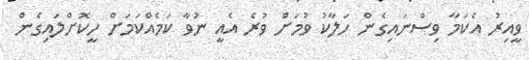
ވީއިރު އެކަމާ ވިސްނައިގެން ހަލާކު ވުމަށް ވުރެ އެއީ ނުވާ ކަމެއްކަމަށް ހީކޮށްލައިގެން